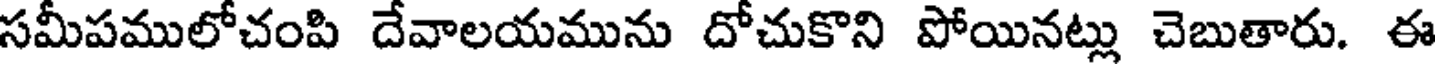
సమీపములోచంపి దేవాలయమును దోచుకొని పోయినట్లు చెబుతారు. ఈ